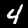
Label: 4